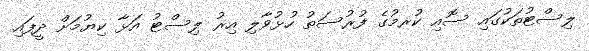
ލިސްޓުތަކުގައި ސޮއި ކުރމުގެ ފުރުސަތު ހުޅުވާލި އިރު ލިސްޓު އަޅާ ކިޔުމަށް ދީފައި